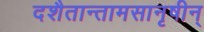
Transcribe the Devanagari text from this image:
दशैतान्तामसानृषीन्